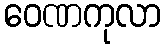
ဝေဏကုလာ